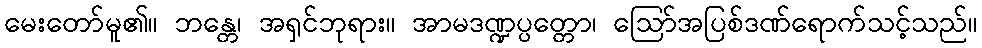
မေးတော်မူ၏။ ဘန္တေ၊ အရှင်ဘုရား။ အာမဒဏ္ဍပ္ပတ္တော၊ ဩော်အပြစ်ဒဏ်ရောက်သင့်သည်။